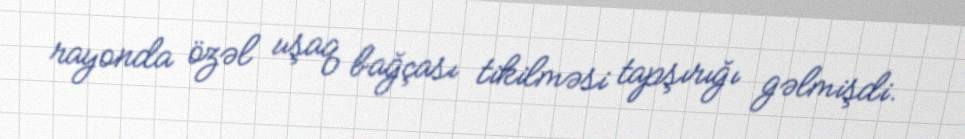
rayonda özəl uşaq bağçası tikilməsi tapşırığı gəlmişdi.